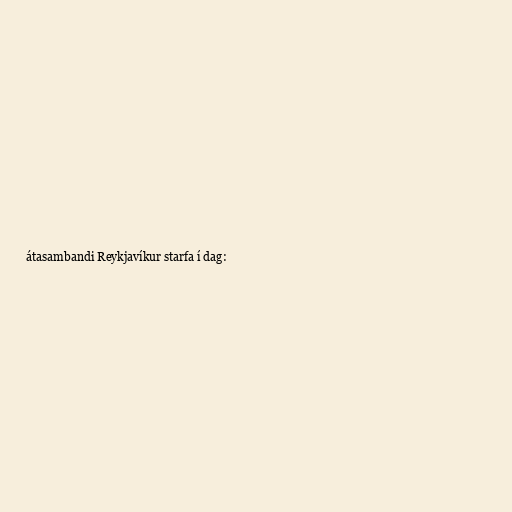
átasambandi Reykjavíkur starfa í dag: